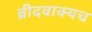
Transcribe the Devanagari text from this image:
ब्रीदवाक्यच